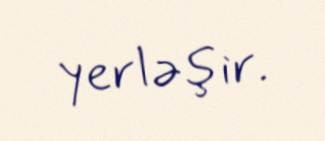
yerləşir.